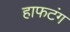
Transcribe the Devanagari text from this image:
हाफटंग